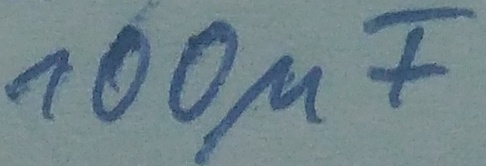
Text: 100µF